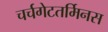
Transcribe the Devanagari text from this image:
चर्चगेटतर्मिनस